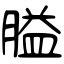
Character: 膉